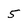
Character: 5